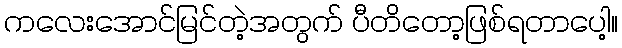
ကလေးအောင်မြင်တဲ့အတွက် ပီတိတော့ဖြစ်ရတာပေါ့။